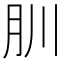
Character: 𦘶